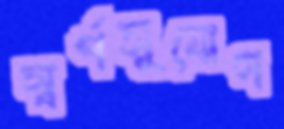
স্বর্ণসুযোগ